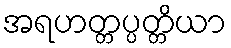
အရဟတ္တပ္ပတ္တိယာ